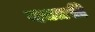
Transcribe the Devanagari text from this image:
दफ़्तरी